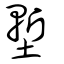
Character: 壍